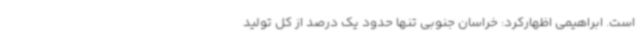
است. ابراهیمی اظهارکرد: خراسان جنوبی تنها حدود یک درصد از کل تولید